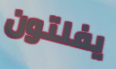
يفلتون